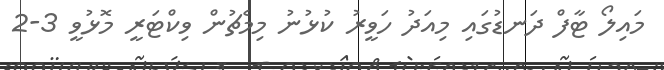
މައިލޯ ޓާފް ދަނޑުގައި މިއަދު ހަވީރު ކުޅުނު މިމެޗުން ވިކްޓަރީ މޮޅުވީ 3-2